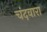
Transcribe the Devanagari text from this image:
चंदवारा